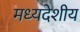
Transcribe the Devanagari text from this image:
मध्‍यदेशीय